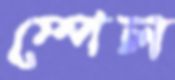
স্পেল